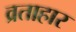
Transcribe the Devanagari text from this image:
व्रताहार